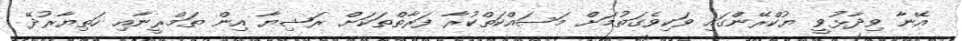
އޭނާ ވިދާޅުވީ ޔުކްރޭންގައި ވަކިވެގަތުމަށް މަސައްކަތްކުރާ ފަރާތްތަކަށް ރަޝިޔާ އިން ތަމްރީނާއި ހަތިޔާރުދޭ